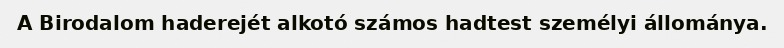
A Birodalom haderejét alkotó számos hadtest személyi állománya.